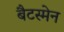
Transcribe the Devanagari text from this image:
बैटस्मेन